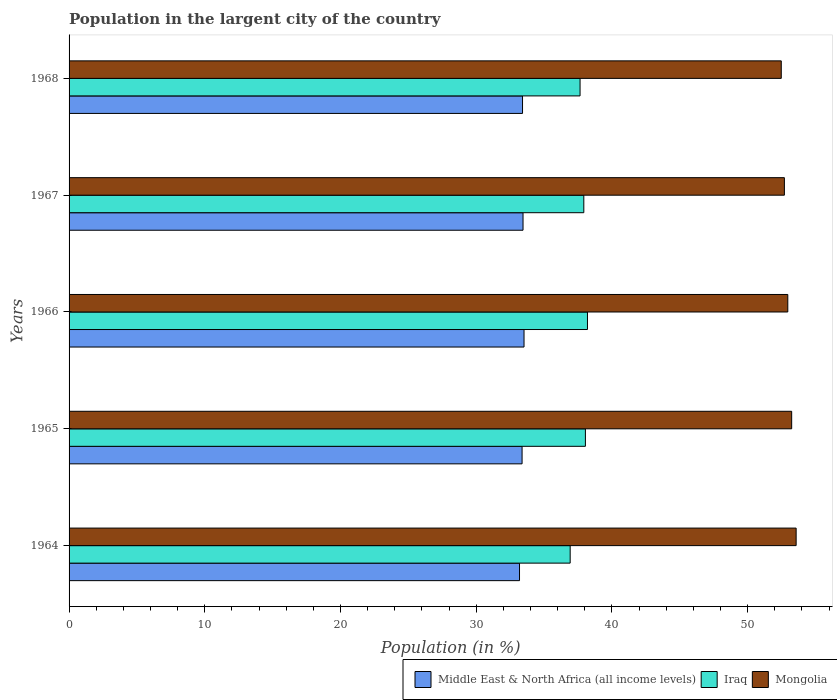
| Years | Middle East & North Africa (all income levels) | Iraq | Mongolia |
 | --- | --- | --- | --- |
 | 1964 | 33.2 | 36.9 | 53.6 |
 | 1965 | 33.4 | 38 | 53.2 |
 | 1966 | 33.5 | 38.2 | 53 |
 | 1967 | 33.5 | 37.9 | 52.7 |
 | 1968 | 33.4 | 37.7 | 52.5 |